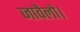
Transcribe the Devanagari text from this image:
जावैलो।